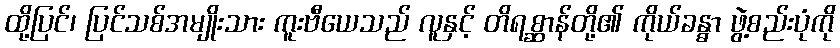
ထို့ပြင်၊ ပြင်သစ်အမျိုးသား ကူးဗီယေသည် လူနှင့် တိရစ္ဆာန်တို့၏ ကိုယ်ခန္ဓာ ဖွဲ့စည်းပုံကို